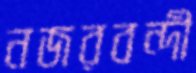
নজরবন্দী